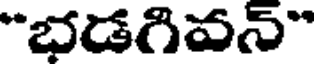
"భడగివన్"